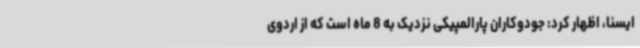
ایسنا، اظهار کرد: جودوکاران پارالمپیکی نزدیک به 8 ماه است که از اردوی